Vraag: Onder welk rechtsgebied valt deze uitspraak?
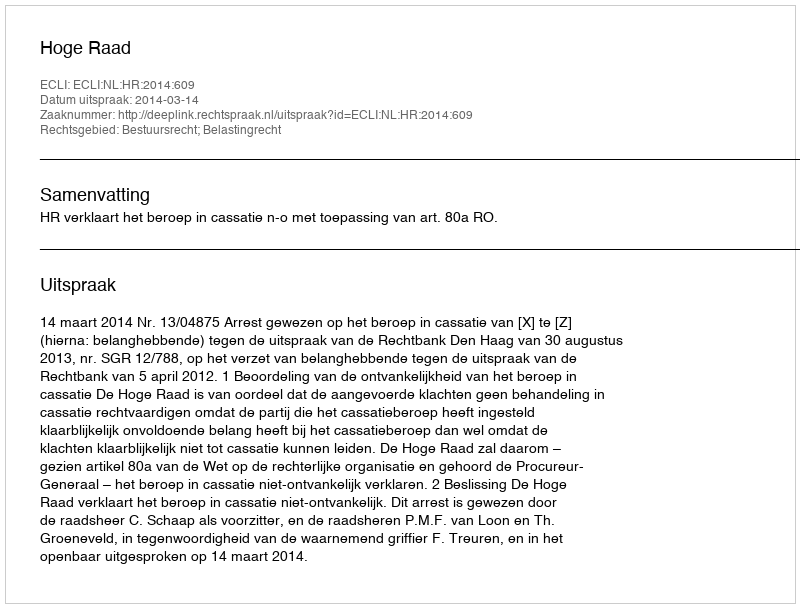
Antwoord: Bestuursrecht; Belastingrecht